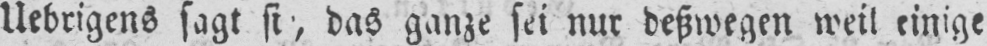
das ganze sei nur deßwegen weil einige